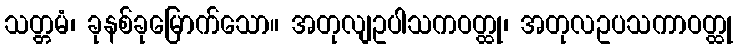
သတ္တမံ၊ ခုနစ်ခုမြောက်သော။ အတုလျဥပါသကဝတ္ထု၊ အတုလဥပသကာဝတ္ထု